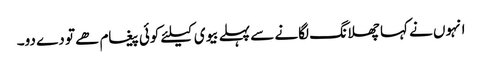
انہوں نے کہا چھلانگ لگانے سے پہلے بیوی کیلئے کوئی پیغام ھے تو دے دو۔